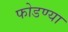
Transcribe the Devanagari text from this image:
फोडण्या